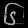
Digit: ၆